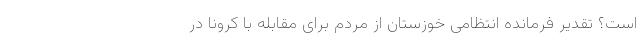
است؟ تقدیر فرمانده انتظامی خوزستان از مردم برای مقابله با کرونا در